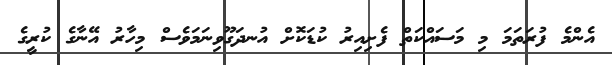
އެންމެ ފުރަތަމަ މި މަސައްކަތް ފެށިއިރު ކުޑަކޮށް އުނދަގޫވިނަމަވެސް މިހާރު އޭނާގެ ކުރީގެ